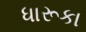
ધારૂકા